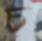
চ